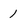
Character: 1